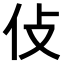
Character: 𠆸